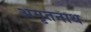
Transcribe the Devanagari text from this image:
अमृतनाथ